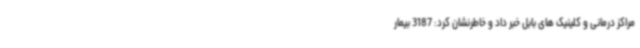
مراکز درمانی و کلینیک های بابل خبر داد و خاطرنشان کرد: 3187 بیمار